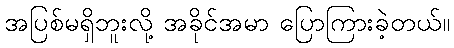
အပြစ်မရှိဘူးလို့ အခိုင်အမာ ပြောကြားခဲ့တယ်။